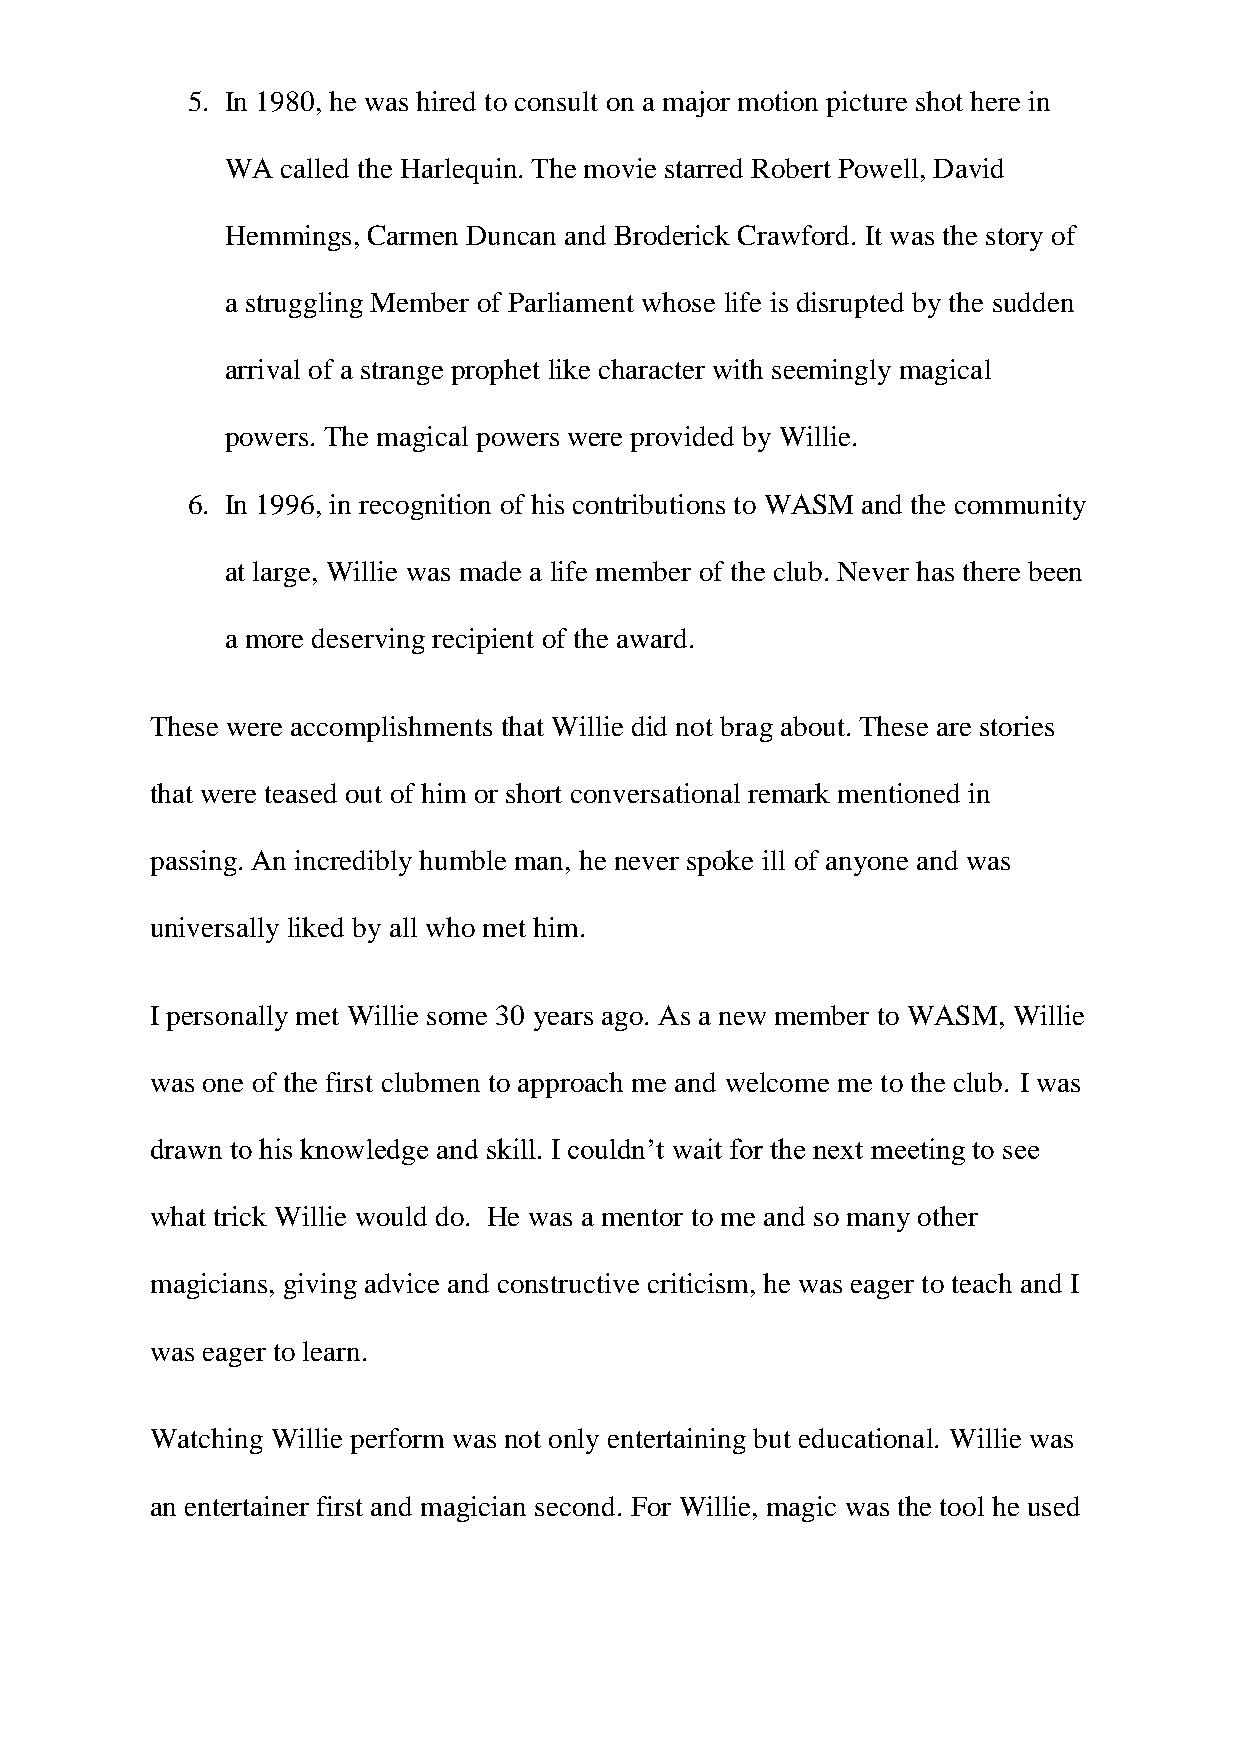
5. In 1980, he was hired to consult on a major motion picture shot here in
 WA  called the Harlequin. The movie starred Robert Powell, David
 Hemmings, Carmen Duncan and Broderick Crawford. It was the story of
 a struggling Member of Parliament whose life is disrupted by the sudden
 arrival of a strange prophet like character with seemingly magical
 powers. The magical powers were provided by Willie.
 6. In 1996, in recognition of his contributions to WASM and the community
 at large, Willie was made a life member of the club. Never has there been
 a more deserving recipient of the award.
 These were accomplishments that Willie did not brag about. These are stories
 that were teased out of him or short conversational remark mentioned in
 passing. An incredibly humble man, he never spoke ill of anyone and was
 universally liked by all who met him.
 I personally met Willie some 30 years ago. As a new member to WASM, Willie
 was one of the first clubmen to approach me and welcome me to the club. I was
 drawn to his knowledge and skill. I couldn’t wait for the next meeting to see
 what trick Willie would do. He was a mentor to me and so many other
 magicians, giving advice and constructive criticism, he was eager to teach and I
 was eager to learn.
 Watching Willie perform was not only entertaining but educational. Willie was
 an entertainer first and magician second. For Willie, magic was the tool he used